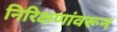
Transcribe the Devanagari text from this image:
निरिक्षणांवरून